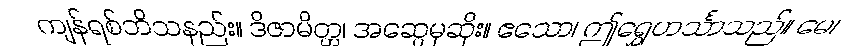
ကျန်ရစ်ဘိသနည်း။ ဒိဇာမိတ္တ၊ အဆွေမုဆိုး။ ဧသော၊ ဤရွှေဟင်္သာသည်။ မေ၊